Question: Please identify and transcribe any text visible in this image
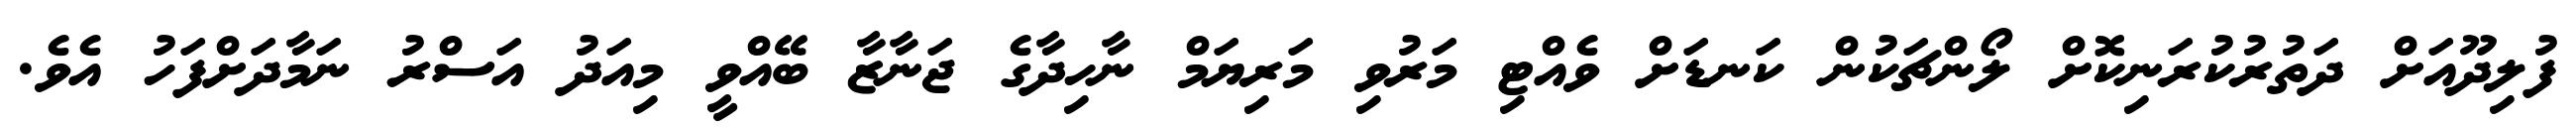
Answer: ފުލިދޫއަށް ދަތުރުކުރަނިކޮށް ލޯންޗަކުން ކަނޑަށް ވެއްޓި މަރުވި މަރިޔަމް ނާހިދާގެ ޖަނާޒާ ބޭއްވީ މިއަދު އަސްރު ނަމާދަށްފަހު އެވެ.